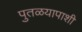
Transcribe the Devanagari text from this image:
पुतळयापाशी